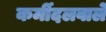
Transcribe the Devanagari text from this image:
कर्मीदलवाले